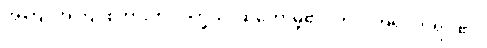
အကြင်အကြင်စကားကို။ ဝက္ခသိ၊ ဆိုတော်မူ၏။ တဝ၊ အရှင်ဘုရား၏။